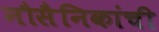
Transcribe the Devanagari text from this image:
नौसैनिकांची